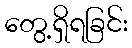
တွေ့ရှိရခြင်း